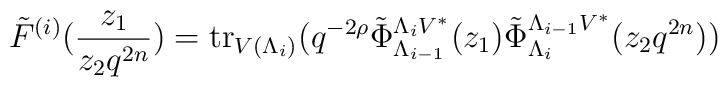
\tilde{F}^{(i)} (\frac{z_1}{z_2 q^{2n}})         ={\rm tr}_{V(\Lambda_i)}(q^{-2 \rho}               \tilde{\Phi}^{\Lambda_i V^*}_{\Lambda_{i-1}}(z_1)               \tilde{\Phi}^{\Lambda_{i-1} V^*}_{\Lambda_i}(z_2 q^{2n}))